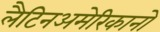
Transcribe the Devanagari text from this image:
लैटिनअमेरिकानो